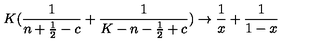
K ( { \frac { 1 } { n + { \frac { 1 } { 2 } } - c } } + { \frac { 1 } { K - n - { \frac { 1 } { 2 } } + c } } ) \rightarrow { \frac { 1 } { x } } + { \frac { 1 } { 1 - x } }